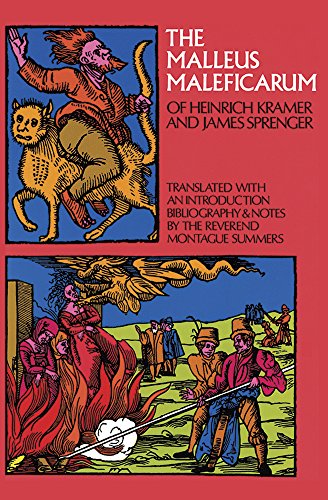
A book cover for The Malleus Maleficarum of Heinrich Kramer and James Sprenger (Dover Occult); Heinrich Kramer; Religion & Spirituality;